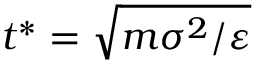
t ^ { * } = \sqrt { m \sigma ^ { 2 } / \varepsilon }